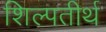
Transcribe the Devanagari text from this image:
शिल्पतीर्थ